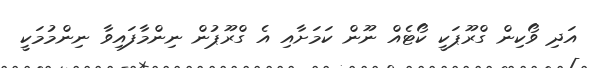
އަދި ވޯކިން ގްރޫޕަކީ ކޯޓެއް ނޫން ކަމަށާއި އެ ގްރޫޕުން ނިންމާފައިވާ ނިންމުމަކީ